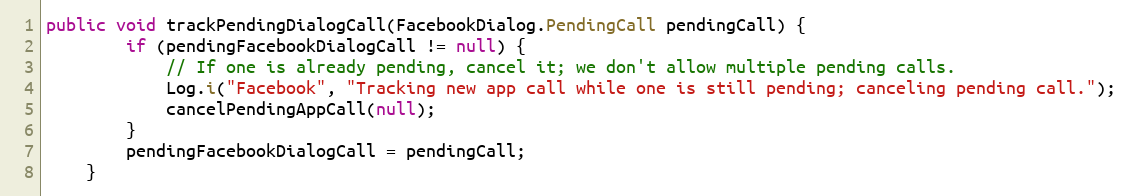
Language: Java
public void trackPendingDialogCall(FacebookDialog.PendingCall pendingCall) {
        if (pendingFacebookDialogCall != null) {
            // If one is already pending, cancel it; we don't allow multiple pending calls.
            Log.i("Facebook", "Tracking new app call while one is still pending; canceling pending call.");
            cancelPendingAppCall(null);
        }
        pendingFacebookDialogCall = pendingCall;
    }